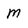
Character: M